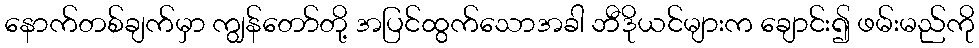
နောက်တစ်ချက်မှာ ကျွန်တော်တို့ အပြင်ထွက်သောအခါ ဘီဒိုယင်များက ချောင်း၍ ဖမ်းမည်ကို